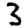
Digit: 3